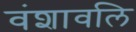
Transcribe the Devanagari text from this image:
वंशावलि